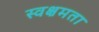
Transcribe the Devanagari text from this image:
स्वक्षमता